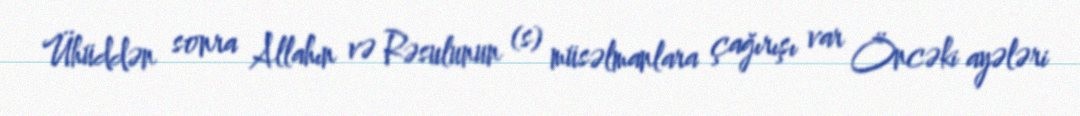
Ühüddən sonra Allahın və Rəsulunun (s) müsəlmanlara çağırışı var Öncəki ayələri